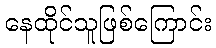
နေထိုင်သူဖြစ်ကြောင်း